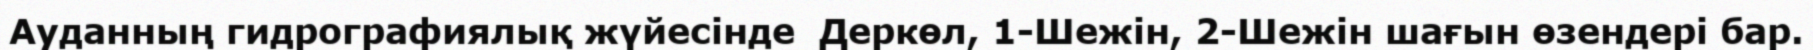
Ауданның гидрографиялық жүйесінде  Деркөл, 1-Шежін, 2-Шежін шағын өзендері бар.